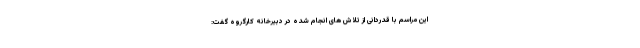
این مراسم با قدردانی از تلاش ‌های انجام شده در دبیرخانه کارگروه گفت: